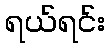
ရယ်ရင်း